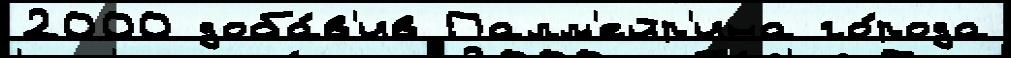
2000 доба́в'ив Палм'ейр'ина го́рода